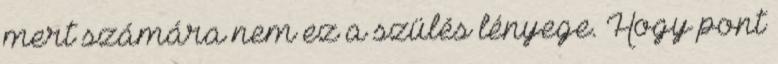
mert számára nem ez a szülés lényege. Hogy pont